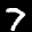
Label: 7